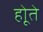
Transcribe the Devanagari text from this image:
होूते